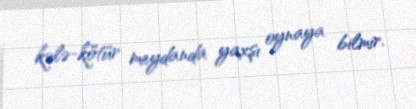
kələ-kötür meydanda yaxşı oynaya bilmir.